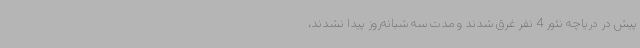
پیش در دریاچه نئور 4 نفر غرق شدند و مدت سه شبانه‌روز پیدا نشدند،